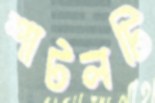
শাটলটি